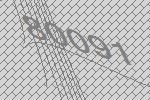
80091